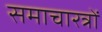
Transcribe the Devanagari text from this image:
समाचारत्रों